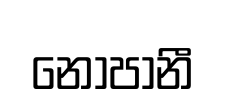
නොපානී